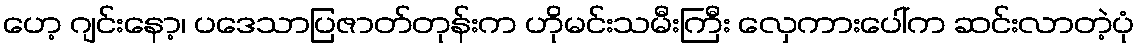
ဟေ့ ဂျင်းနော့၊ ပဒေသာပြဇာတ်တုန်းက ဟိုမင်းသမီးကြီး လှေကားပေါ်က ဆင်းလာတဲ့ပုံ